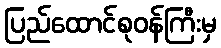
ပြည်ထောင်စုဝန်ကြီးမှ